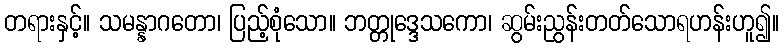
တရားနှင့်။ သမန္နာဂတော၊ ပြည့်စုံသော။ ဘတ္တုဒ္ဒေသကော၊ ဆွမ်းညွန်းတတ်သောရဟန်းဟူ၍။